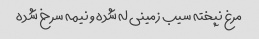
مرغ نپخته سیب زمینی له شده و نیمه سرخ شده